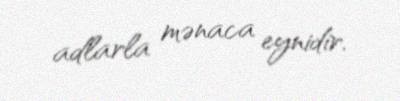
adlarla mənaca eynidir.